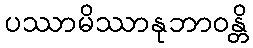
ပဿာမိဿာနုဘာဝန္တိ